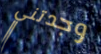
وجدتني